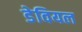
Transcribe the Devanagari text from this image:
डेवियल